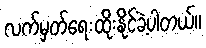
လက်မှတ်ရေးထိုးနိုင်ခဲ့ပါတယ်။